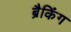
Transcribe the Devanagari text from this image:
ब्रैकिंग